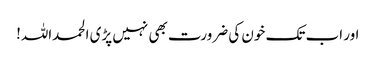
اور اب تک خون کی ضرورت بھی نہیں پڑی الحمداللہ!